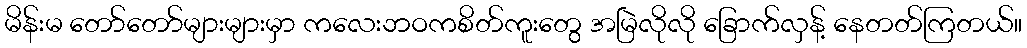
မိန်းမ တော်တော်များများမှာ ကလေးဘဝကစိတ်ကူးတွေ အမြဲလိုလို ခြောက်လှန့် နေတတ်ကြတယ်။